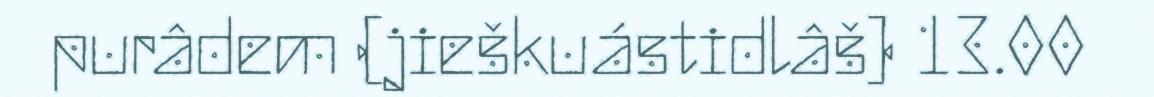
purâdem (jieškuástidlâš) 13.00